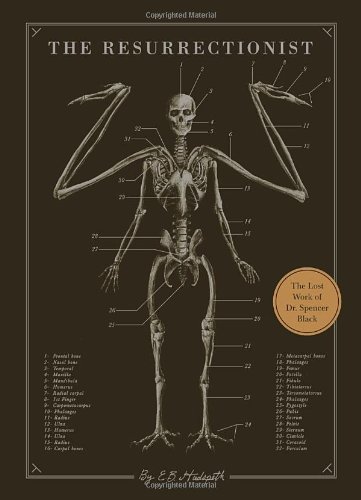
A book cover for The Resurrectionist: The Lost Work of Dr. Spencer Black; E. B. Hudspeth; Comics & Graphic Novels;